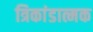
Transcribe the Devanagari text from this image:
त्रिकांडात्मक